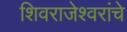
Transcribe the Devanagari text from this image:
शिवराजेश्वरांचे